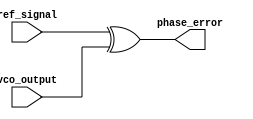
module phase_detector (
    input wire ref_signal,
    input wire vco_output,
    output reg phase_error
);
    always @(*) begin
        // Simple XOR phase detector
        phase_error = ref_signal ^ vco_output;
    end
endmodule